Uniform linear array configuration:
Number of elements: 48
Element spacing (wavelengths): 0.25
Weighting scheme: hann
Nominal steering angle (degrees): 0
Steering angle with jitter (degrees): -1.201
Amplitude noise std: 0.05
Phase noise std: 0.05

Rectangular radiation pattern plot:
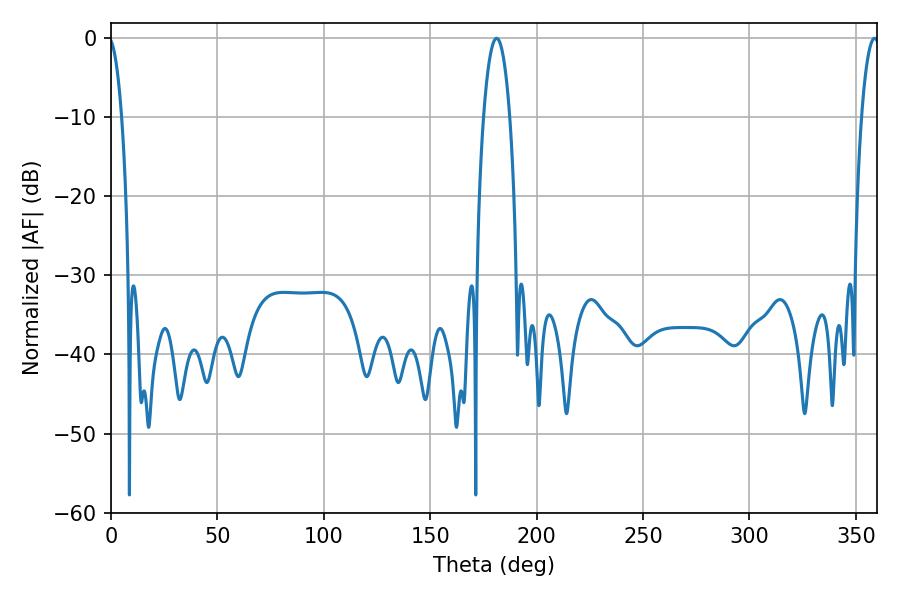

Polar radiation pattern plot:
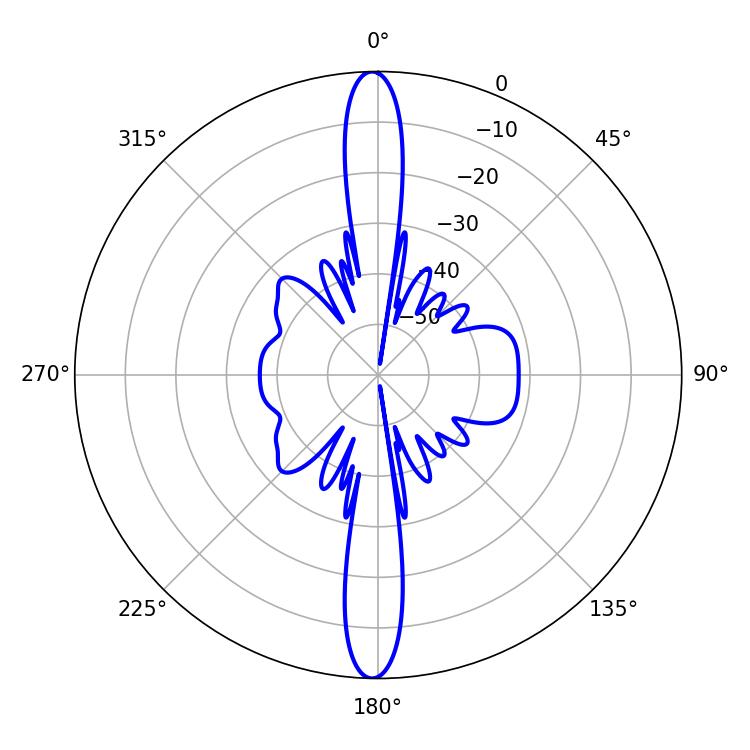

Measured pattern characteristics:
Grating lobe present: FALSE
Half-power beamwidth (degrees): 4.68
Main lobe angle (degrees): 358.74